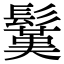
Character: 𩮽